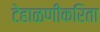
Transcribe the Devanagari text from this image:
टेहाळणीकरिता